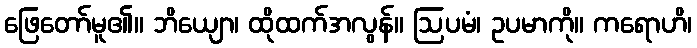
ဖြေတော်မူ၏။ ဘိယျော၊ ထိုထက်အလွန်။ ဩပမံ၊ ဥပမာကို။ ကရောဟိ၊